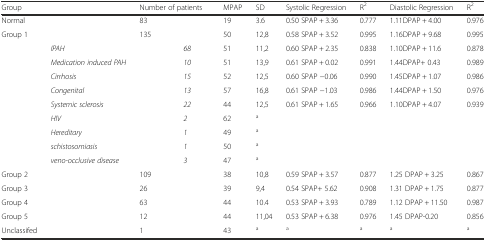
<table><thead><tr><td><b>Group</b></td><td></td><td colspan="2"><b>Number of patients</b></td><td><b>MPAP</b></td><td><b>SD</b></td><td><b>Systolic Regression</b></td><td><b>R<sup>2</sup></b></td><td><b>Diastolic Regression</b></td><td><b>R<sup>2</sup></b></td></tr></thead><tbody><tr><td>Normal</td><td></td><td>83</td><td></td><td>19</td><td>3.6</td><td>0.50 SPAP + 3.36</td><td>0.777</td><td>1.11DPAP + 4.00</td><td>0.976</td></tr><tr><td>Group 1</td><td></td><td>135</td><td></td><td>50</td><td>12,8</td><td>0.58 SPAP + 3.52</td><td>0.995</td><td>1.16DPAP + 9.68</td><td>0.995</td></tr><tr><td></td><td><i>IPAH</i></td><td></td><td><i>68</i></td><td>51</td><td>11,2</td><td>0.60 SPAP + 2.35</td><td>0.838</td><td>1.10DPAP + 11.6</td><td>0.878</td></tr><tr><td></td><td><i>Medication induced PAH</i></td><td></td><td><i>10</i></td><td>51</td><td>13,9</td><td>0.61 SPAP + 0.02</td><td>0.991</td><td>1.44DPAP+ 0.43</td><td>0.989</td></tr><tr><td></td><td><i>Cirrhosis</i></td><td></td><td><i>15</i></td><td>52</td><td>12,5</td><td>0.60 SPAP −0.06</td><td>0.990</td><td>1.45DPAP + 1.07</td><td>0.986</td></tr><tr><td></td><td><i>Congenital</i></td><td></td><td><i>13</i></td><td>57</td><td>16,8</td><td>0.61 SPAP −1.03</td><td>0.986</td><td>1.44DPAP + 1.50</td><td>0.976</td></tr><tr><td></td><td colspan="2"><i>Systemic sclerosis</i></td><td><i>22</i></td><td>44</td><td>12,5</td><td>0.61 SPAP + 1.65</td><td>0.966</td><td>1.10DPAP + 4.07</td><td>0.939</td></tr><tr><td></td><td><i>HIV</i></td><td></td><td><i>2</i></td><td>62</td><td><sup>a</sup></td><td></td><td></td><td></td><td></td></tr><tr><td></td><td><i>Hereditary</i></td><td></td><td><i>1</i></td><td>49</td><td><sup>a</sup></td><td></td><td></td><td></td><td></td></tr><tr><td></td><td colspan="2"><i>schistosomiasis</i></td><td><i>1</i></td><td>50</td><td><sup>a</sup></td><td></td><td></td><td></td><td></td></tr><tr><td></td><td colspan="2"><i>veno-occlusive disease</i></td><td><i>3</i></td><td>47</td><td><sup>a</sup></td><td></td><td></td><td></td><td></td></tr><tr><td>Group 2</td><td></td><td>109</td><td></td><td>38</td><td>10,8</td><td>0.59 SPAP + 3.57</td><td>0.877</td><td>1.25 DPAP + 3.25</td><td>0.867</td></tr><tr><td>Group 3</td><td></td><td>26</td><td></td><td>39</td><td>9,4</td><td>0.54 SPAP+ 5.62</td><td>0.908</td><td>1.31 DPAP + 1.75</td><td>0.877</td></tr><tr><td>Group 4</td><td></td><td>63</td><td></td><td>44</td><td>10.4</td><td>0.53 SPAP + 3.93</td><td>0.789</td><td>1.12 DPAP + 11.50</td><td>0.987</td></tr><tr><td>Group 5</td><td></td><td>12</td><td></td><td>44</td><td>11,04</td><td>0.53 SPAP + 6.38</td><td>0.976</td><td>1.45 DPAP-0.20</td><td>0.856</td></tr><tr><td>Unclassifed</td><td></td><td>1</td><td></td><td>43</td><td><sup>a</sup></td><td><sup>a</sup></td><td><sup>a</sup></td><td><sup>a</sup></td><td><sup>a</sup></td></tr></tbody></table>